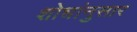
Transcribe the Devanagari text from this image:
शोधांनुसार